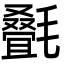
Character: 𬇇